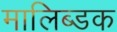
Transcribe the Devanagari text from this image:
मालिब्डक